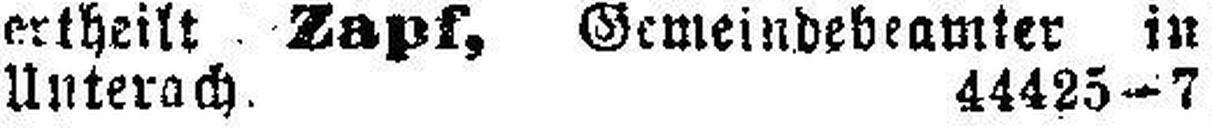
Unterach. 44425—7